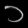
Digit: ၁